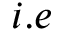
i . e